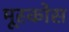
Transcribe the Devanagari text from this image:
मूस्कोस